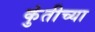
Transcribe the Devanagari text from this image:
कुंतीच्या